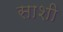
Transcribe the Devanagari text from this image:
साशी